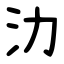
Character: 氻